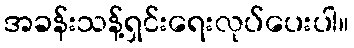
အခန်းသန့်ရှင်းရေးလုပ်ပေးပါ။